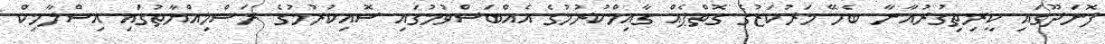
ފޮނަދޫގައި ކީރިތިގުރުއާނާ ބެހޭ މަރުކަޒުގެ ގޮތްޕެއް ގާއިމްކުރުމުގެ އެއްބަސްވުމުގައި ސޮއިކުރުމުގެ ރަސްމިއްޔާތުގައި އިސްލާމިކް